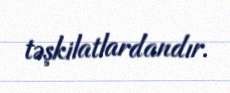
təşkilatlardandır.